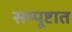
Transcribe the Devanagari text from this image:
सम्पूष्टात